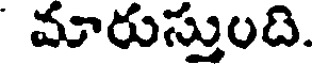
మారుస్తుంది.